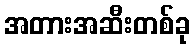
အတားအဆီးတစ်ခု